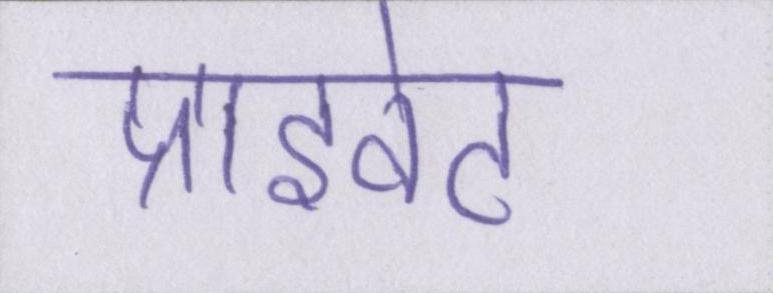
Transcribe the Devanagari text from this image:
प्राइवेट